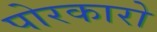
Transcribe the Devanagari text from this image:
पोरकारो